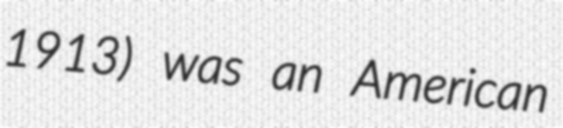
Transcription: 1913) was an American